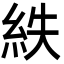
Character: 紩